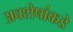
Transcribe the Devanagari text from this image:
अवशेषांकडे